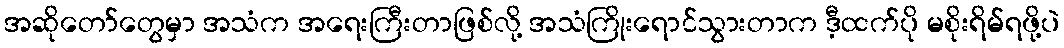
အဆိုတော်တွေမှာ အသံက အရေးကြီးတာဖြစ်လို့ အသံကြိုးရောင်သွားတာက ဒီ့ထက်ပို မစိုးရိမ်ရဖို့ပဲ